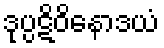
ဒုပ္ပဋိဝိနောဒယံ